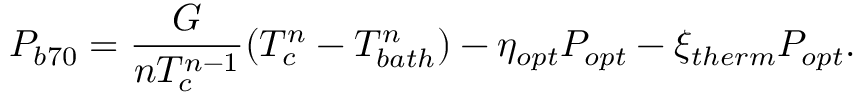
P _ { b 7 0 } = \frac { G } { n T _ { c } ^ { n - 1 } } ( T _ { c } ^ { n } - T _ { b a t h } ^ { n } ) - \eta _ { o p t } P _ { o p t } - \xi _ { t h e r m } P _ { o p t } .